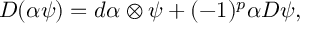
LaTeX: D ( \alpha \psi ) = d \alpha \otimes \psi + ( - 1 ) ^ { p } \alpha D \psi ,